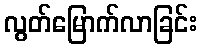
လွတ်မြောက်လာခြင်း